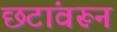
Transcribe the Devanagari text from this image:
छटांवरून